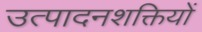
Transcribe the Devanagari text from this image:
उत्पादनशक्तियों